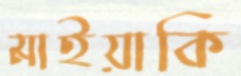
মাইয়াকি